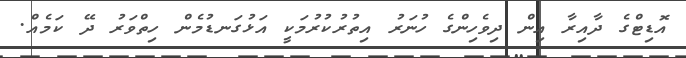
އޮޑިޓްގެ ދާއިރާ އިން ދިވެހިންގެ ހުނަރު އިތުރުކުރުމަކީ އަޅުގަނޑުމެން ހިތްވަރު ދޭ ކަމެއް.